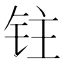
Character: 𰽯